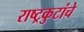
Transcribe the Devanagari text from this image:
राष्ट्रकुटांचे